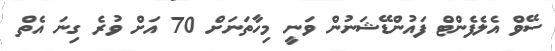
ސޭވް އެލެފެންޓް ފައުންޑޭޝަނުން ވަނީ މިހާތަނަށް 70 އަށް ވުރެ ގިނަ އެތް